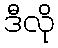
ဒီလို